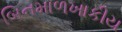
બિનમાળખાકીય